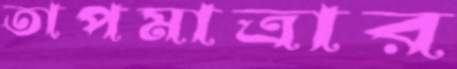
তাপমাত্রার